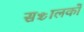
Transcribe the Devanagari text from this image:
सञ्चालकों